Scientific memoirs by medical officers of the Army of India - Part VII,
Year: 1892
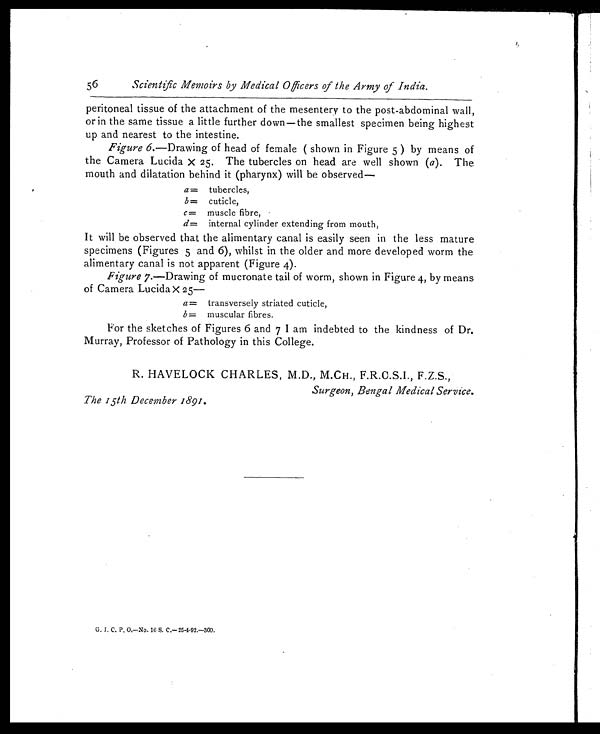
56
Scientific Memoirs by Medical Officers of the Army of India.
peritoneal tissue of the attachment of the mesentery to the post-abdominal wall,
or in the same tissue a little further down—the smallest specimen being highest
up and nearest to the intestine.
Figure 6.—Drawing of head of female ( shown in Figure 5) by means of
the Camera Lucida x 25. The tubercles on head are well shown ( a). The
mouth and dilatation behind it (pharynx) will be observed—
a= tubercles,
b= cuticle,
c= muscle fibre,
d= internal cylinder extending from mouth,
It will be observed that the alimentary canal is easily seen in the less mature
specimens (Figures 5 and 6), whilst in the older and more developed worm the
alimentary canal is not apparent (Figure 4).
Figure 7.—Drawing of mucronate tail of worm, shown in Figure 4, by means
of Camera Lucida x 25
—
a= transversely striated cuticle,
b= muscular fibres,
For the sketches of Figures 6 and 7 I am indebted to the kindness of Dr.
Murray, Professor of Pathology in this College.
R. HAVELOCK CHARLES, M.D., M.CH., F.R.C.S.I., F.Z.S.,
Surgeon, Bengal Medical Service.
The 15th December 1891.
G. I. C. P. O.—No. 16 S. C.—25-4-92.—300.